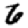
Digit: 6